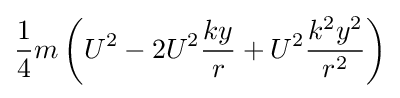
{\frac {1}{4}}m\left(U^{2}-2U^{2}{\frac {ky}{r}}+U^{2}{\frac {k^{2}y^{2}}{r^{2}}}\right)